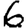
Digit: 6